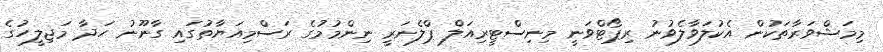
މިމަޝްވަރާތަކުން އެކުލަވާލެވުނު ރިޕޯޓްވަނީ މިނިސްޓީރިއަލް ޕްލެނަރީ ނިންމުމުގެ ރަސްމިއަޔާތުގައި ގާނޫނު ހަދާ މަޖިލީހުގެ